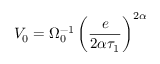
V _ { 0 } = \Omega _ { 0 } ^ { - 1 } \left( \frac { e } { 2 \alpha \tau _ { 1 } } \right) ^ { 2 \alpha }